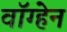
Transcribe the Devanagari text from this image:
वाॅग्हेन